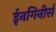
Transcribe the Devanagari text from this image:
ईनगिनीर्स